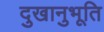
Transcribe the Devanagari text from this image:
दुखानुभूति